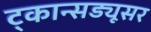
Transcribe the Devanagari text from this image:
ट्कान्सड्यूसर